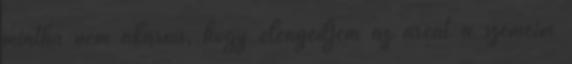
mintha nem akarná, hogy elengedjem az arcát a szemeim